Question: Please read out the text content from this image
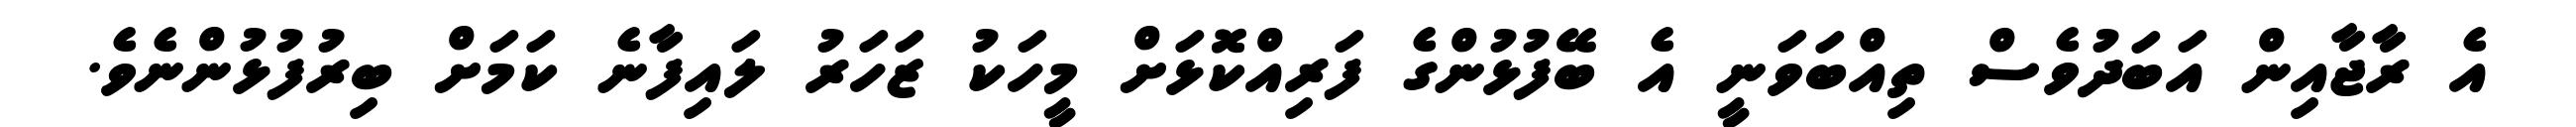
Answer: އެ ރާޖާއިން އަބަދުވެސް ތިއްބަވަނީ އެ ބޭފުޅުންގެ ފަރިއްކޮޅަށް މީހަކު ޒަހަރު ލައިފާނެ ކަމަށް ބިރުފުޅުންނެވެ.